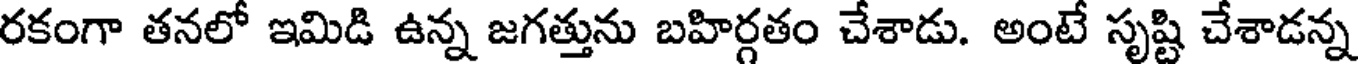
రకంగా తనలో ఇమిడి ఉన్న జగత్తును బహిర్గతం చేశాడు. అంటే సృష్టి చేశాడన్న